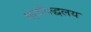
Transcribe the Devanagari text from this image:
महाविद्धलय